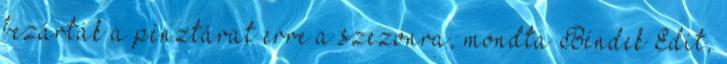
bezárták a pénztárat erre a szezonra, mondta Béndek Edit,